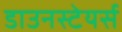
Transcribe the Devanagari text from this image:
डाउनस्टेयर्स